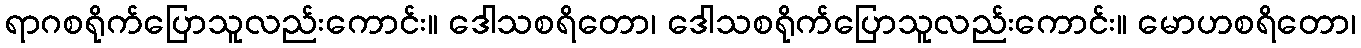
ရာဂစရိုက်ပြောသူလည်းကောင်း။ ဒေါသစရိတော၊ ဒေါသစရိုက်ပြောသူလည်းကောင်း။ မောဟစရိတော၊